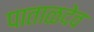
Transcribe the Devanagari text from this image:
पाताळदेव